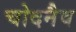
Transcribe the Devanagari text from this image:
चोदनैव